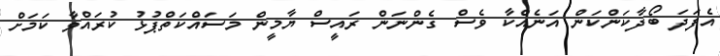
އެފަދަ ބޯދާކަންކަން އަނެއްކާ ވެސް ގެންނަން ރައީސް ޔާމީން މަސައްކަތްޕުޅު ކުރައްވާ ކަމަށް